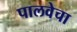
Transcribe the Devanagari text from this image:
पालवेचा